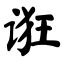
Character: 诳